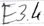
Text: E3.4